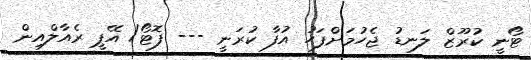
ޓޯނީ ކުރޫޒް ލަނޑު ޖެހުމަށްފަހު އުފާ ކުރަނީ --- ފޮޓޯ/ އޭޕީ ރެއާލްއިން